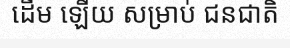
ដើម ឡើយ សម្រាប់ ជនជាតិ